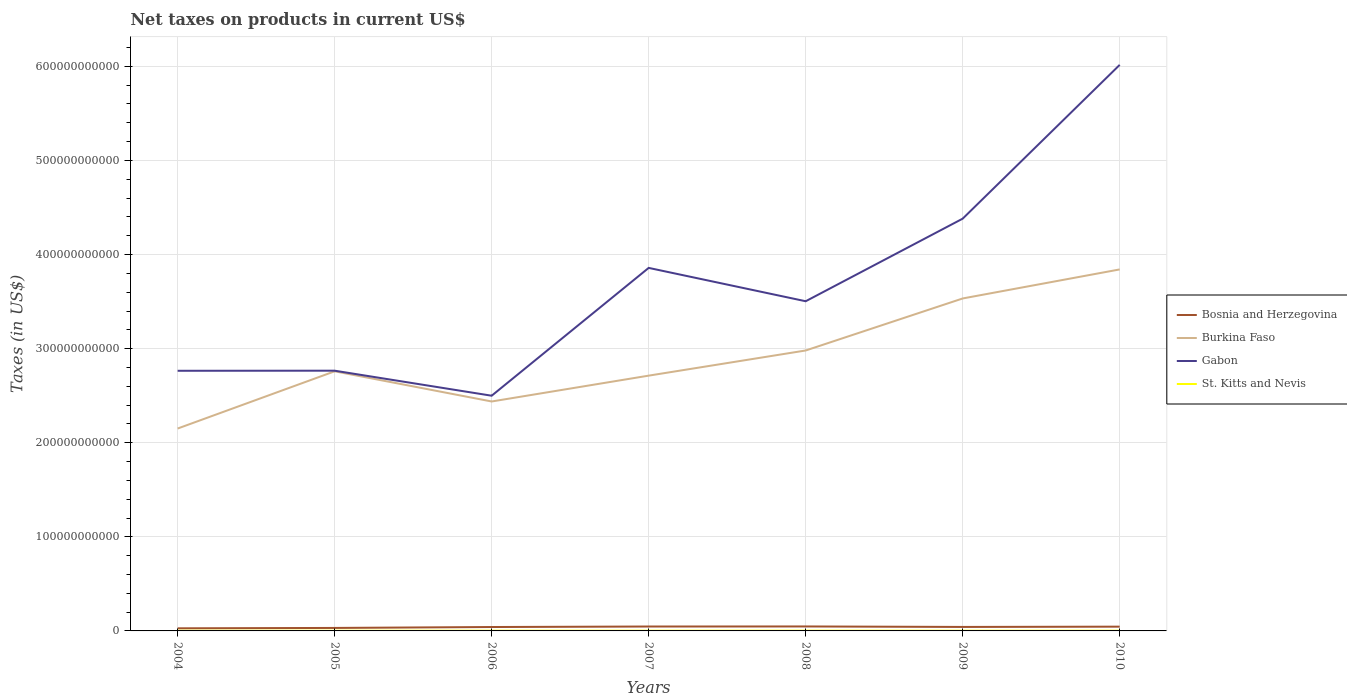
| Years | Bosnia and Herzegovina | Burkina Faso | Gabon | St. Kitts and Nevis |
 | --- | --- | --- | --- | --- |
 | 2004 | 2.77e+09 | 2.15e+11 | 2.76e+11 | 1.77e+08 |
 | 2005 | 3.17e+09 | 2.76e+11 | 2.77e+11 | 1.98e+08 |
 | 2006 | 4.14e+09 | 2.44e+11 | 2.5e+11 | 2.5e+08 |
 | 2007 | 4.68e+09 | 2.71e+11 | 3.86e+11 | 2.38e+08 |
 | 2008 | 4.75e+09 | 2.98e+11 | 3.5e+11 | 2.68e+08 |
 | 2009 | 4.24e+09 | 3.53e+11 | 4.38e+11 | 2.26e+08 |
 | 2010 | 4.54e+09 | 3.84e+11 | 6.02e+11 | 2.31e+08 |